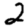
Digit: 2